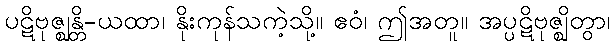
ပဋိဗုဇ္ဈန္တိ-ယထာ၊ နိုးကုန်သကဲ့သို့။ ဧဝံ၊ ဤအတူ။ အပ္ပဋိဗုဇ္ဈိတွာ၊